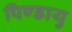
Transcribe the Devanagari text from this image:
पिण्डायु